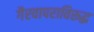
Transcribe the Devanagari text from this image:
गैरवापराविरूद्ध